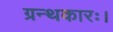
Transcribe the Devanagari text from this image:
ग्रन्थकारः।